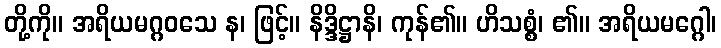
တို့ကို။ အရိယမဂ္ဂဝသေ န၊ ဖြင့်။ နိဒ္ဒိဋ္ဌာနိ၊ ကုန်၏။ ဟိသစ္စံ၊ ၏။ အရိယမဂ္ဂေါ၊